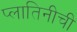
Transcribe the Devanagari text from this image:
प्लातिनीची